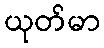
ယုတ်မာ